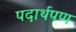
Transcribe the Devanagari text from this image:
पदार्थपण